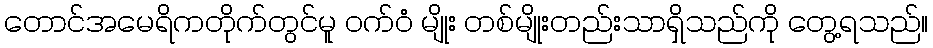
တောင်အမေရိကတိုက်တွင်မူ ဝက်ဝံ မျိုး တစ်မျိုးတည်းသာရှိသည်ကို တွေ့ရသည်။